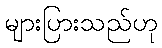
များပြားသည်ဟု